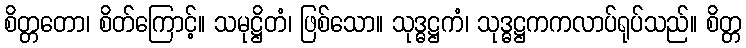
စိတ္တတော၊ စိတ်ကြောင့်။ သမုဋ္ဌိတံ၊ ဖြစ်သော။ သုဒ္ဓဋ္ဌကံ၊ သုဒ္ဓဋ္ဌကကလာပ်ရုပ်သည်။ စိတ္တ